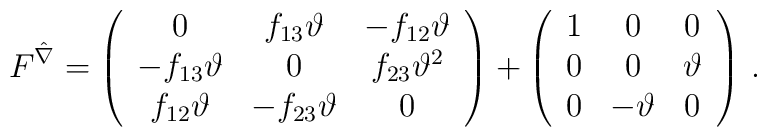
F^{\hat \nabla}= \left(\begin{array}{ccc}0& f_{13}\vartheta &-f_{12}\vartheta \\-f_{13}\vartheta & 0 &f_{23}\vartheta^{2} \\f_{12}\vartheta & -f_{23}\vartheta & 0 \end{array}   \right) + \left( \begin{array}{ccc}1&0&0\\0&0&\vartheta \\0&-\vartheta&0 \end{array} \right) \, .